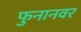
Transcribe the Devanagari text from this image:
फुनानवर